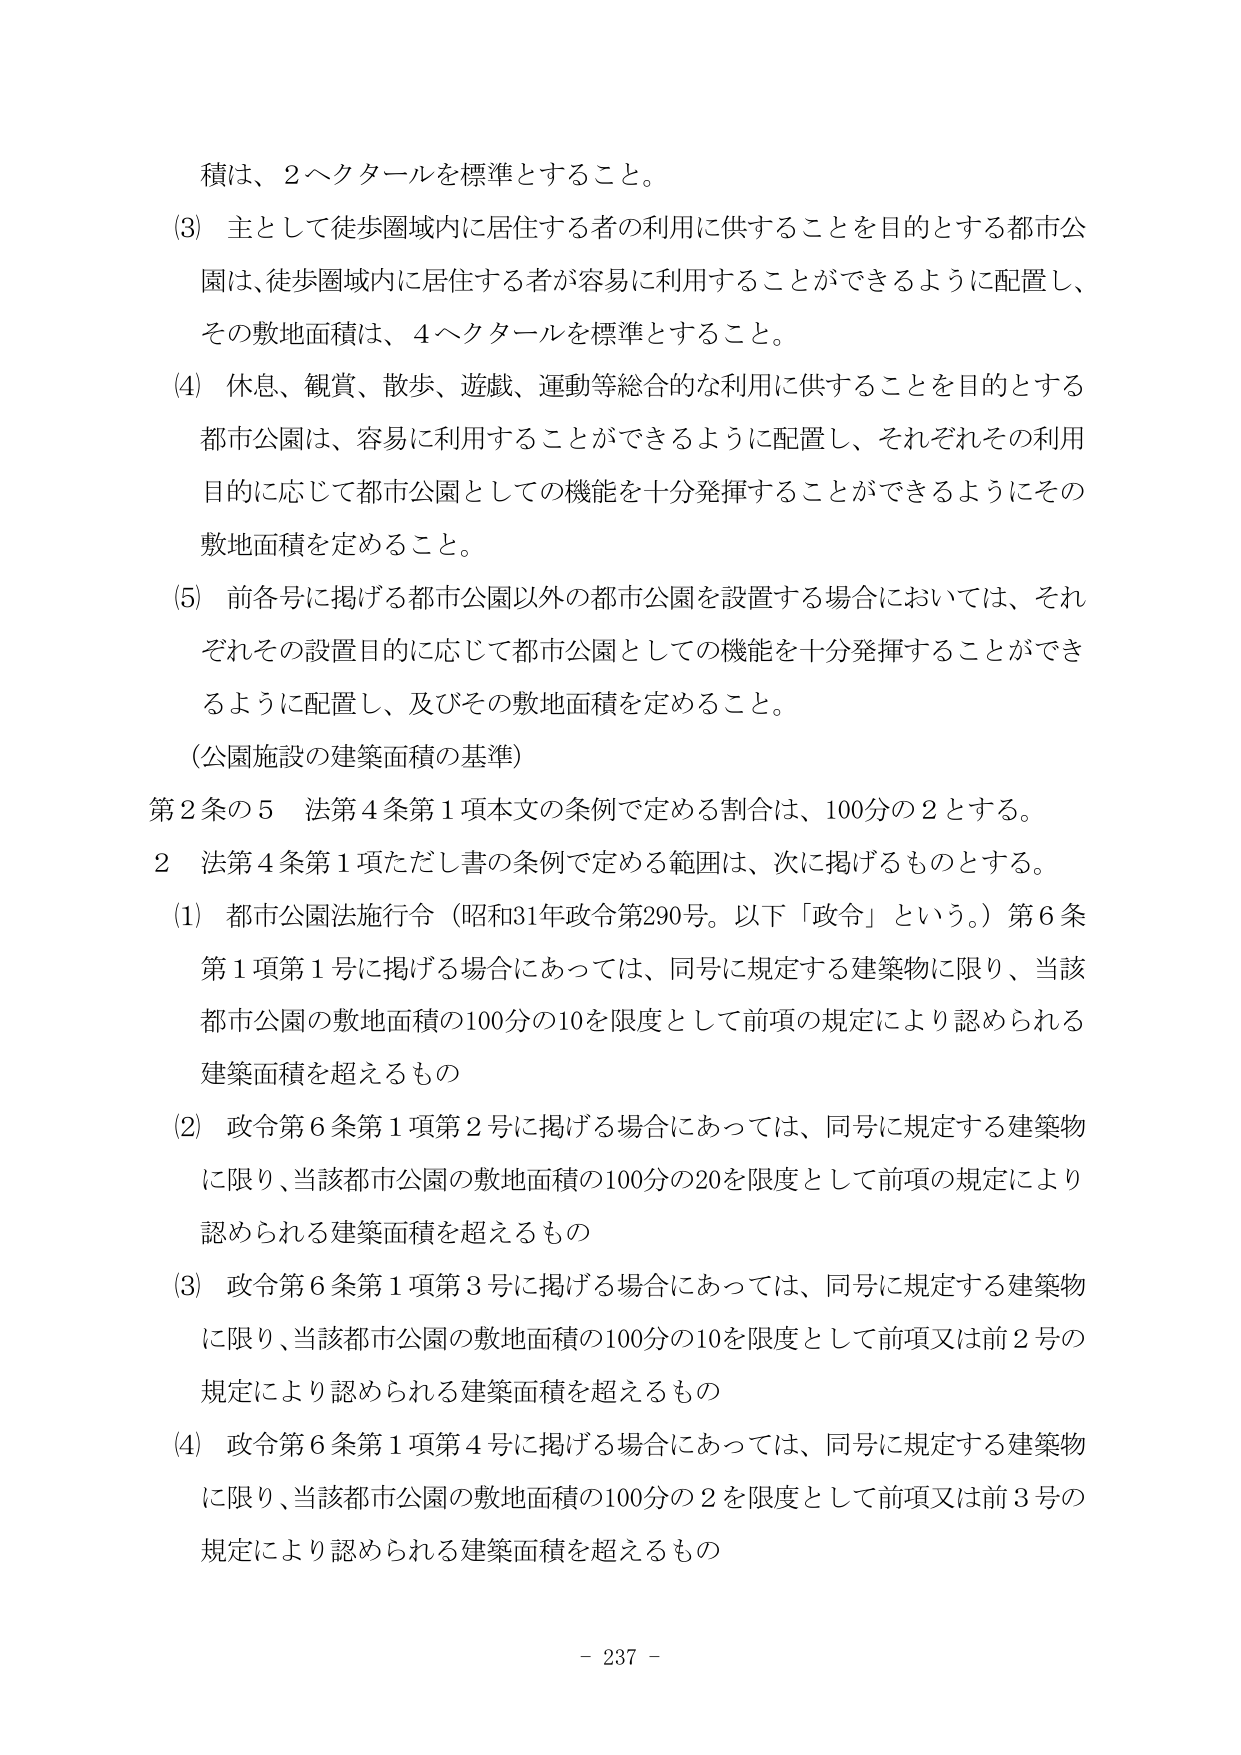
積は、２ヘクタールを標準とすること。

(3) 主として徒歩圏域内に居住する者の利用に供することを目的とする都市公園は、徒歩圏域内に居住する者が容易に利用することができるように配置し、その敷地面積は、４ヘクタールを標準とすること。

(4) 休息、観賞、散歩、遊戯、運動等総合的な利用に供することを目的とする都市公園は、容易に利用することができるように配置し、それぞれその利用目的に応じて都市公園としての機能を十分発揮することができるようにその敷地面積を定めること。

(5) 前各号に掲げる都市公園以外の都市公園を設置する場合においては、それぞれその設置目的に応じて都市公園としての機能を十分発揮することができるように配置し、及びその敷地面積を定めること。

（公園施設の建築面積の基準）

第２条の５ 法第４条第１項本文の条例で定める割合は、100分の２とする。

２ 法第４条第１項ただし書の条例で定める範囲は、次に掲げるものとする。

(1) 都市公園法施行令（昭和31年政令第290号。以下「政令」という。）第６条第１項第１号に掲げる場合にあっては、同号に規定する建築物に限り、当該都市公園の敷地面積の100分の10を限度として前項の規定により認められる建築面積を超えるもの

(2) 政令第６条第１項第２号に掲げる場合にあっては、同号に規定する建築物に限り、当該都市公園の敷地面積の100分の20を限度として前項の規定により認められる建築面積を超えるもの

(3) 政令第６条第１項第３号に掲げる場合にあっては、同号に規定する建築物に限り、当該都市公園の敷地面積の100分の10を限度として前項又は前２号の規定により認められる建築面積を超えるもの

(4) 政令第６条第１項第４号に掲げる場合にあっては、同号に規定する建築物に限り、当該都市公園の敷地面積の100分の２を限度として前項又は前３号の規定により認められる建築面積を超えるもの

- 237 -